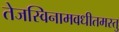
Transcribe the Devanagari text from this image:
तेजस्विनामवधीतमस्तु